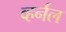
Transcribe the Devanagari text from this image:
व्हर्नल